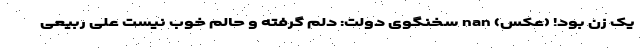
یک زن بود! (عکس) nan سخنگوی دولت: دلم گرفته و حالم خوب نیست علی ربیعی